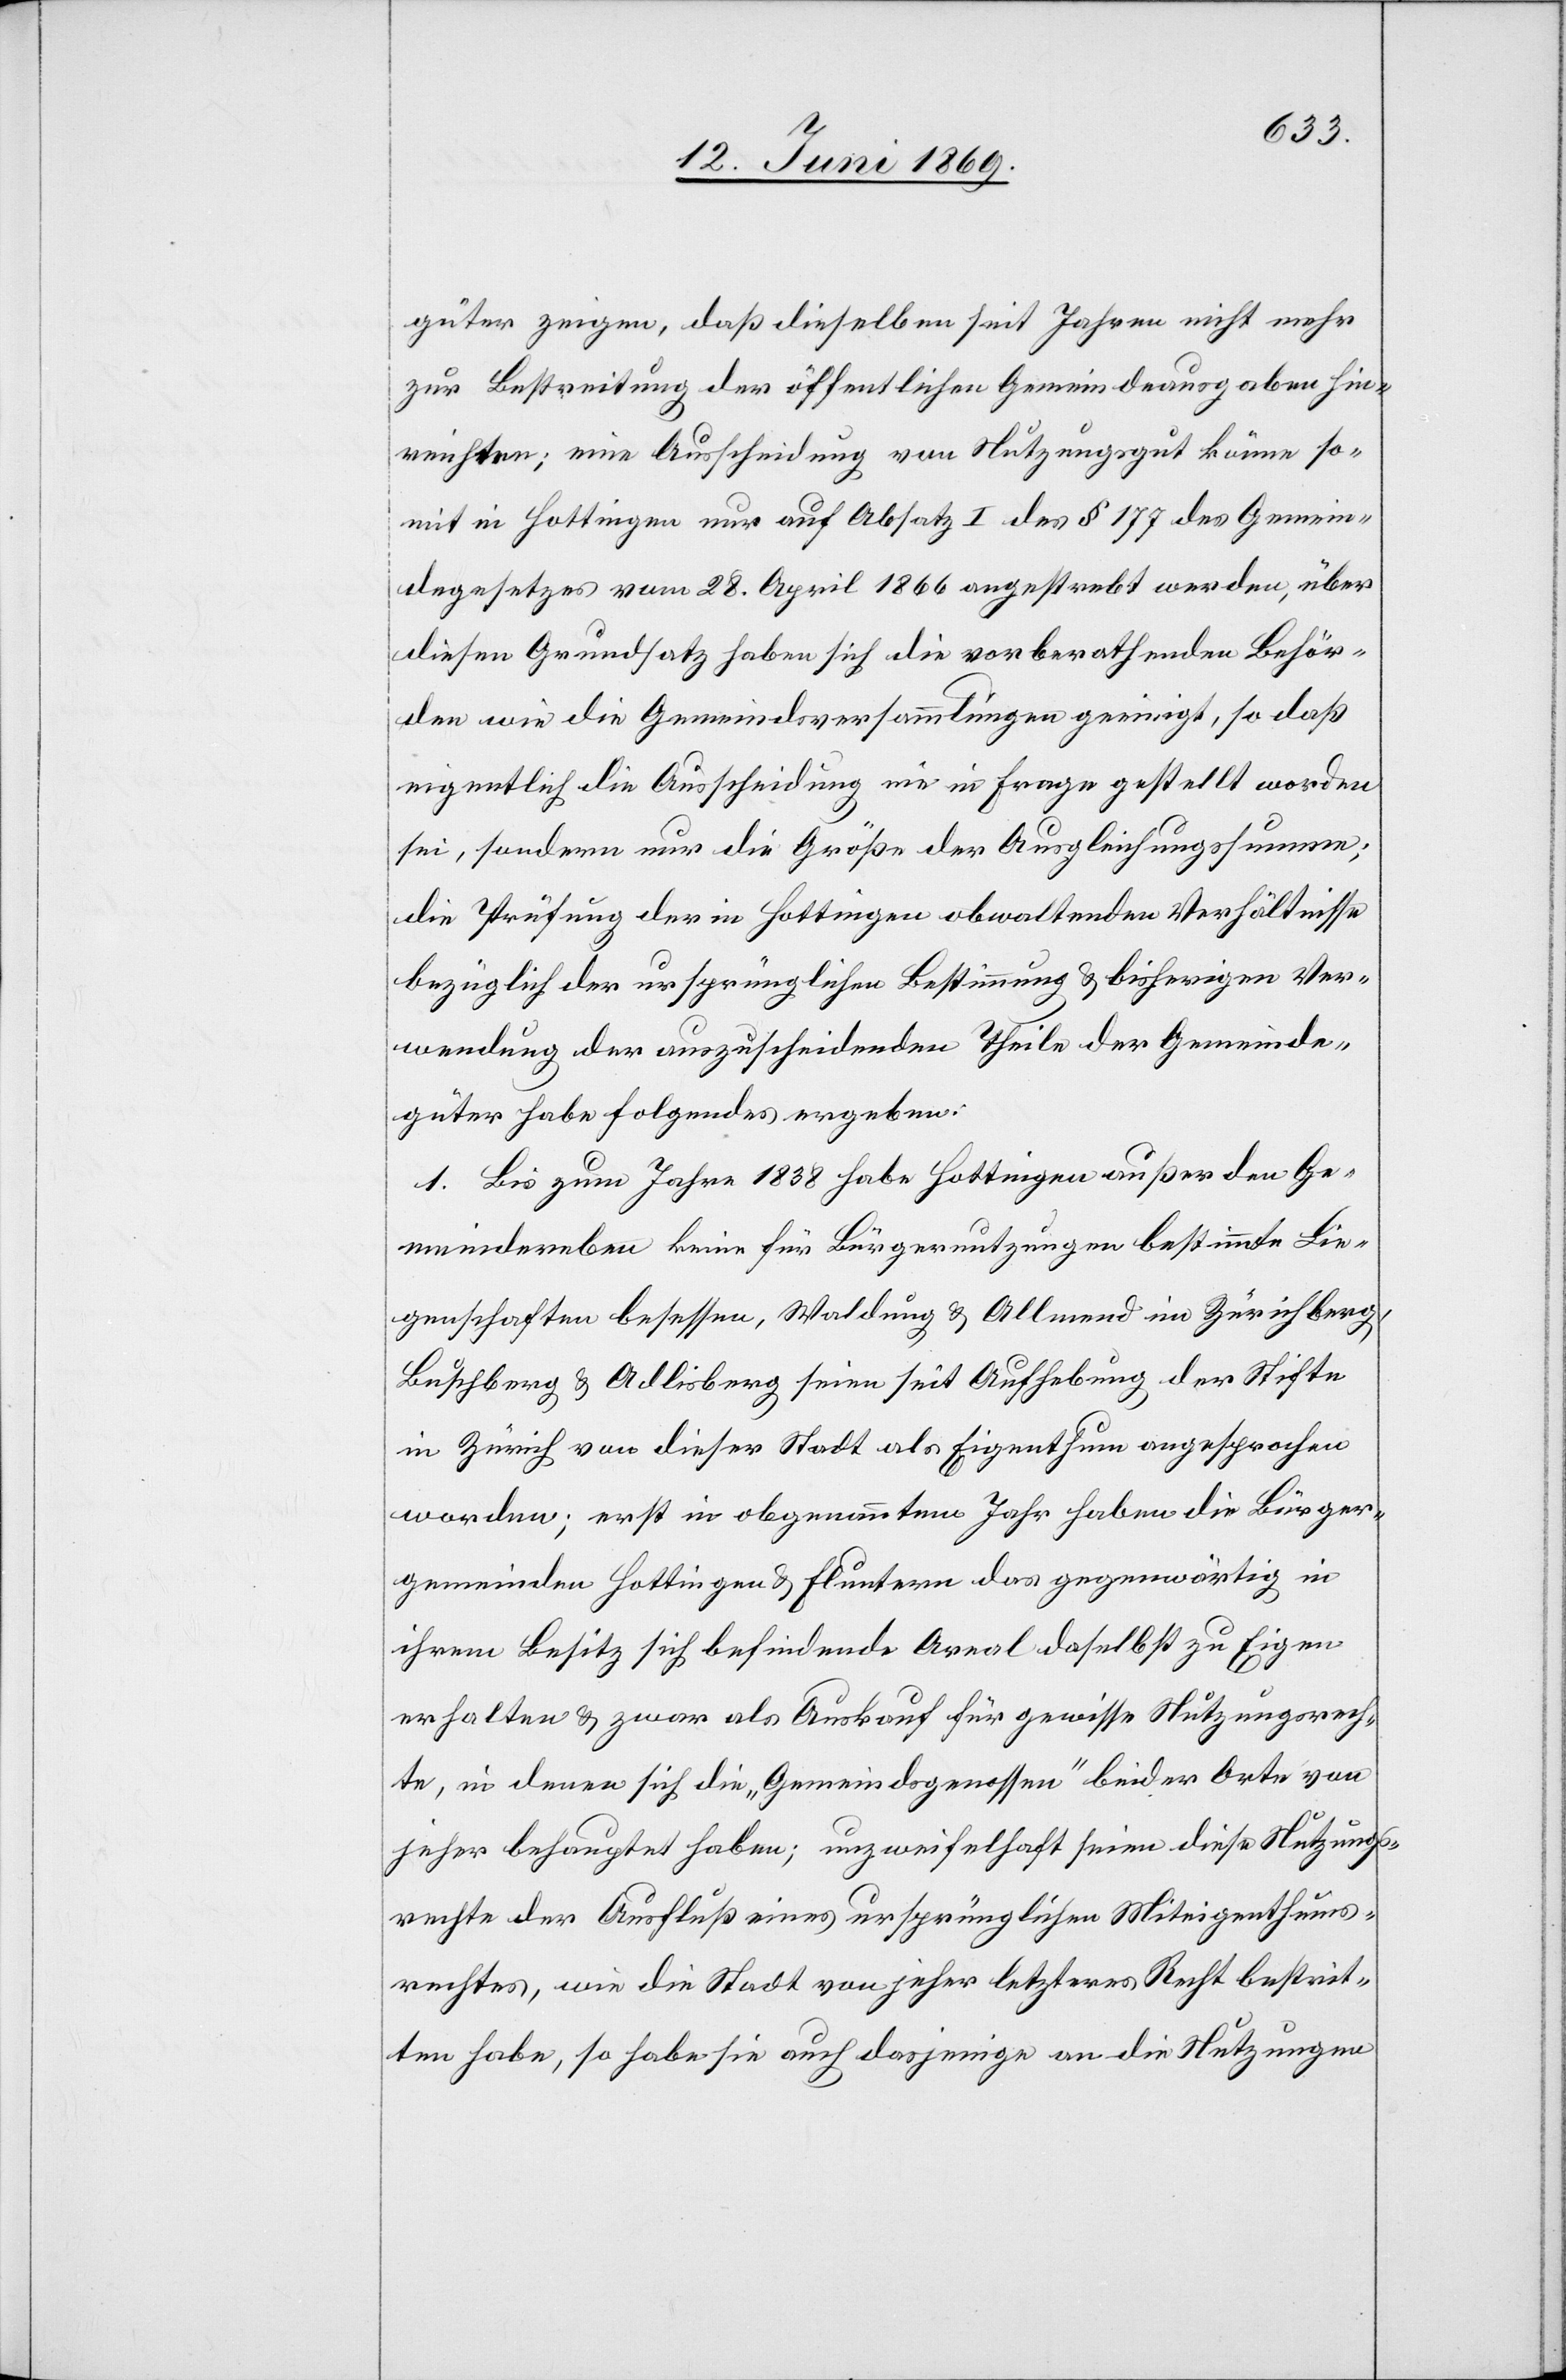
güter zeigen, daß dieselben seit Jahren nicht mehr
zur Bestreitung der öffentlichen Gemeindeausgaben hin¬
reichten; eine Ausscheidung vom Nutzungsgut könne so¬
mit in Hottingen nur auf Absatz I des § 177 des Gemein¬
degesetzes vom 28. April 1866 angestrebt werden, über
diesen Grundsatz haben sich die vorberathenden Behör¬
den wie die Gemeindsversammlungen geeinigt, so daß
eigentlich die Ausscheidung nie in Frage gestellt worden
sei, sondern nur die Größe der Ausgleichssumme;
die Prüfung der in Hottingen obwaltenden Verhältnisse
bezüglich der ursprünglichen Bestimmung u. bisherigen Ver¬
wendung der auszuscheidenden Theile der Gemeinde¬
güter habe Folgendes ergeben:
1. Bis zum Jahre 1838 habe Hottingen außer den Ge¬
meindereben keine für Bürgernutzungen bestimmte Lie¬
genschaften besessen, Waldung u. Allmend im Zürichberg,
Buschberg u. Adlisberg seien seit Aufhebung der Stifte
in Zürich von dieser Stadt als Eigenthum angesprochen
worden; erst in obgenanntem Jahr haben die Bürger¬
gemeinden Hottingen u. Fluntern das gegenwärtig in
ihrem Besitz sich befindende Areal daselbst zu Eigen
erhalten u. zwar als Auskauf für gewisse Nutzungsrech¬
te, in denen sich die „Gemeindsgenossen“ beider Orte von
jeher behauptet haben; unzweifelhaft seien die Nutzungs¬
rechte der Ausfluß eines ursprünglichen Miteigenthums¬
rechtes, wie die Stadt von jeher letzteres Recht bestrit¬
ten habe, so habe sie auch dasjenige an die Nutzungen